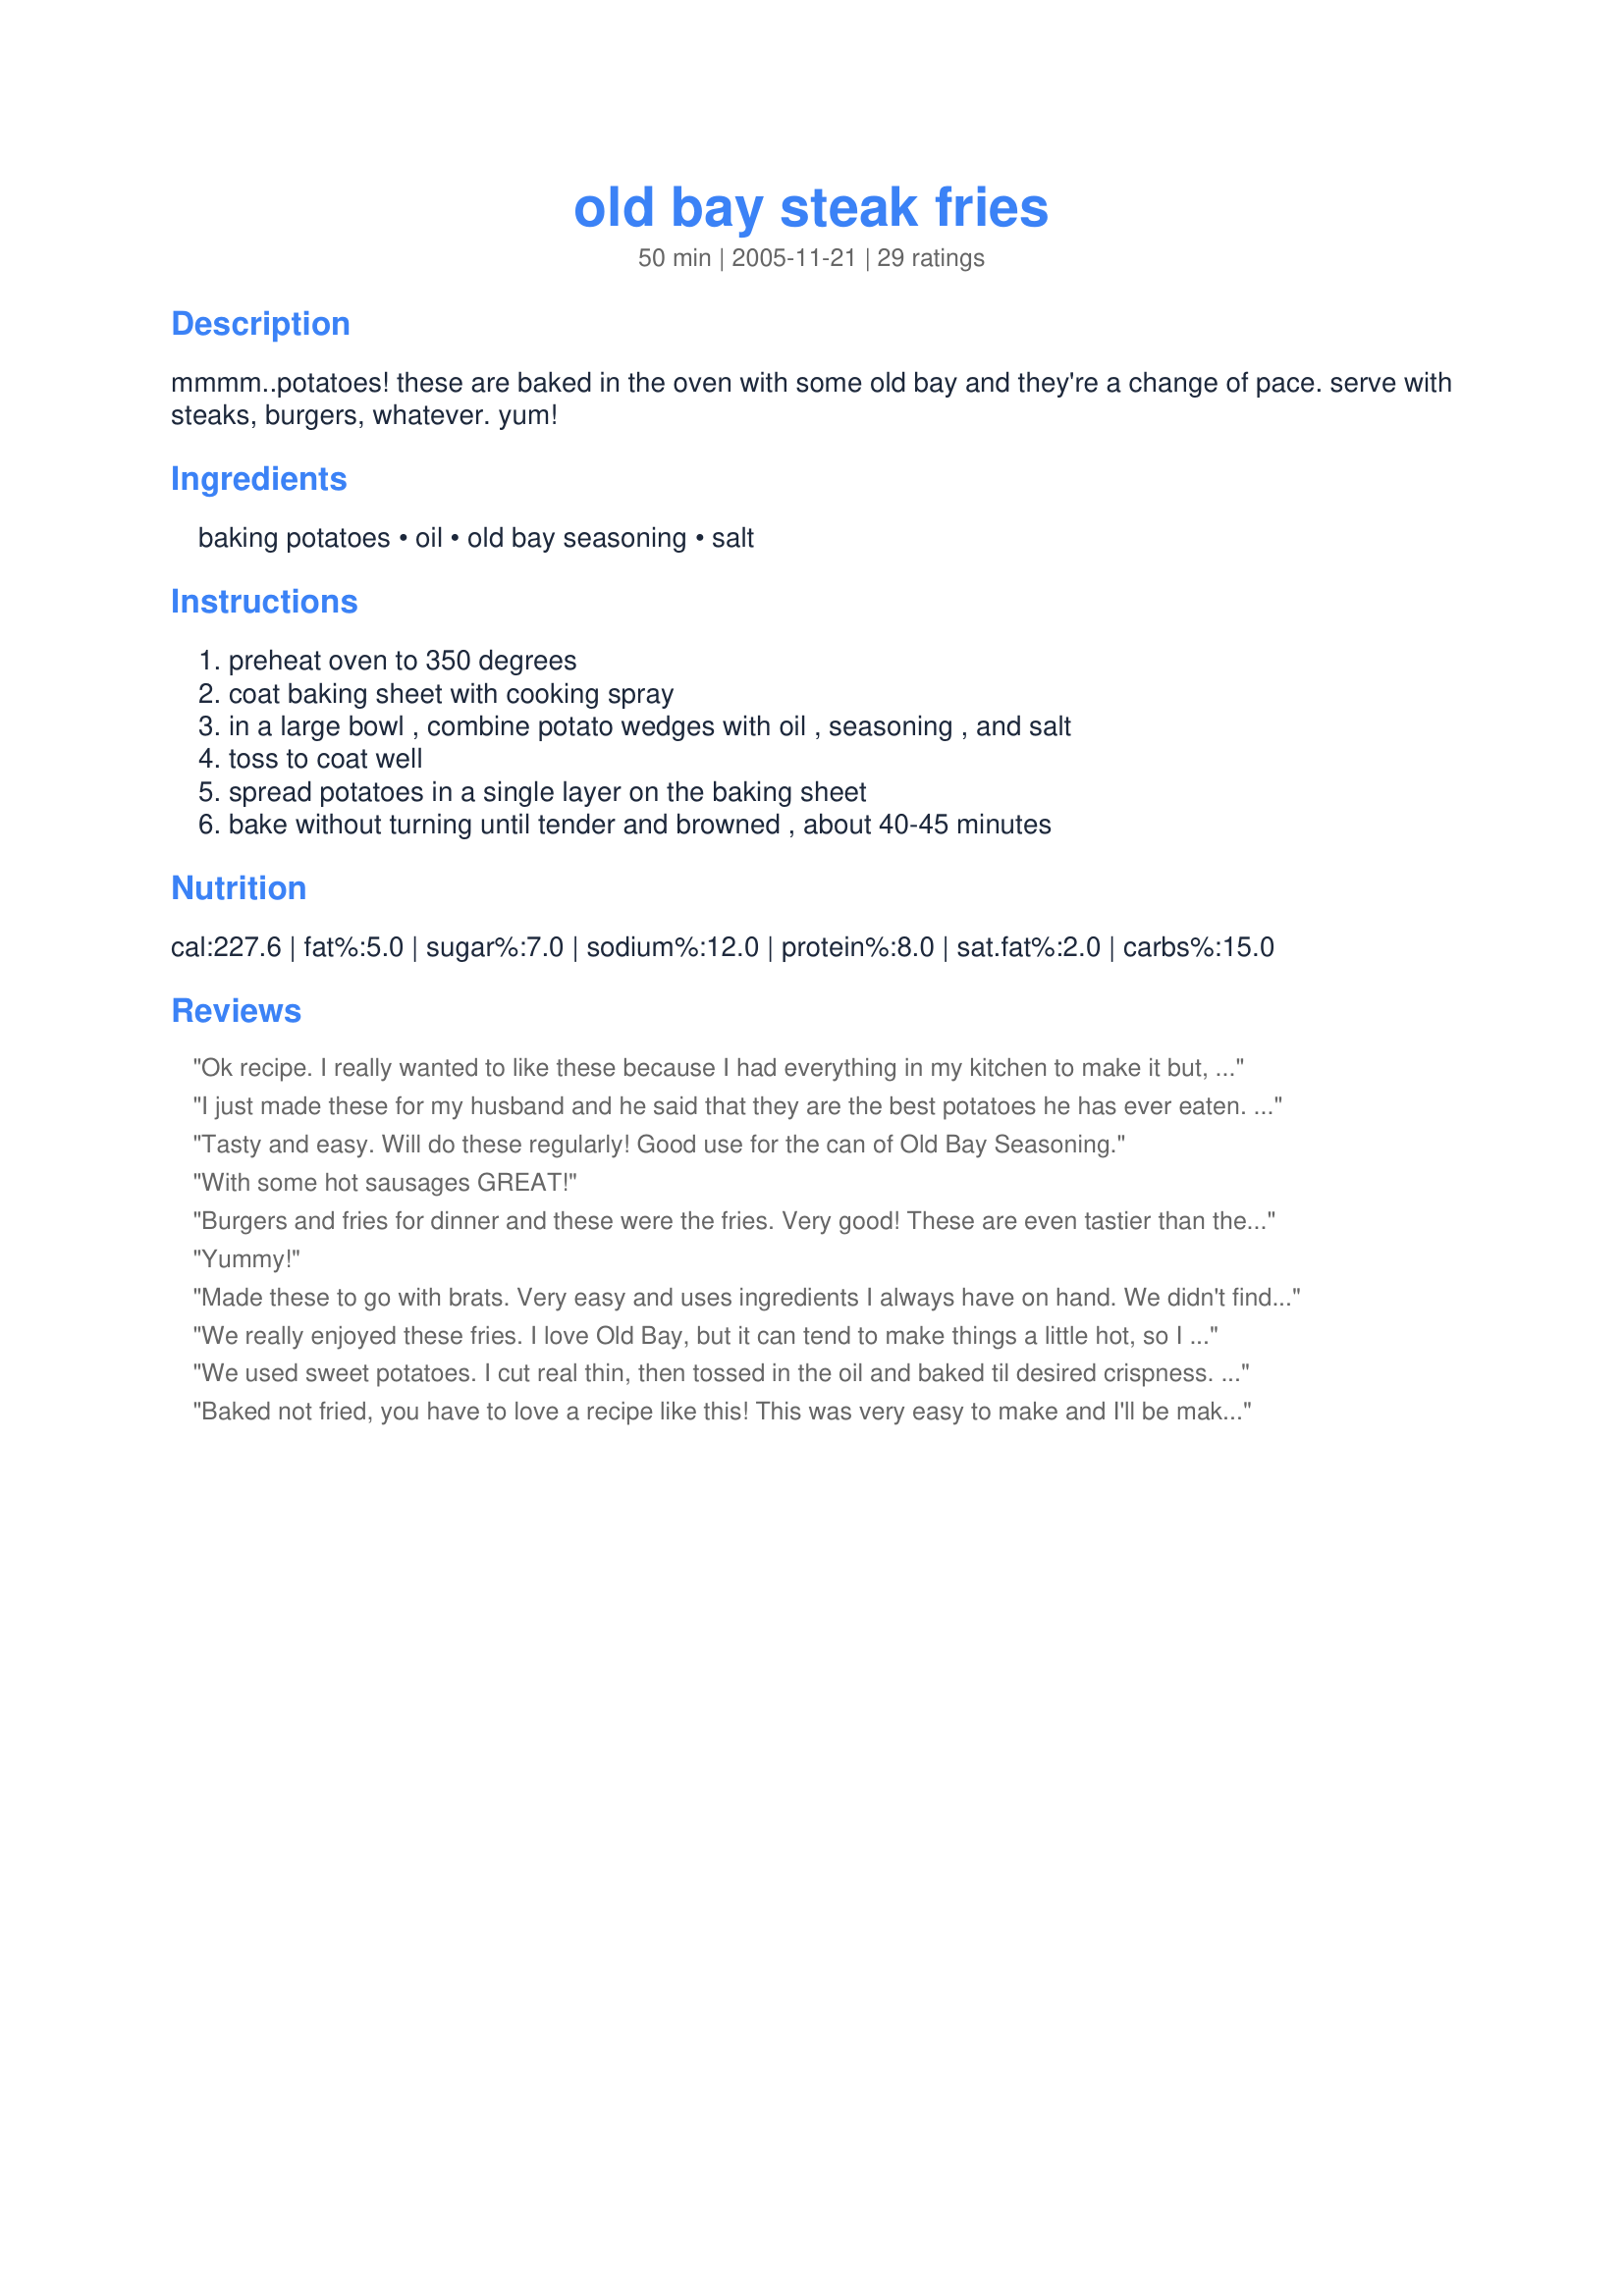
old bay steak fries
Preparation time: 50 minutes

mmmm..potatoes! these are baked in the oven with some old bay and they're a change of pace. serve with steaks, burgers, whatever. yum!

Ingredients:
baking potatoes, oil, old bay seasoning, salt

Steps:
preheat oven to 350 degrees, coat baking sheet with cooking spray, in a large bowl , combine potato wedges with oil , seasoning , and salt, toss to coat well, spread potatoes in a single layer on the baking sheet, bake without turning until tender and browned , about 40-45 minutes

Reviews:
Ok recipe. I really wanted to like these because I had everything in my kitchen to make it but, to be honest I won't make it again. It was too spicey. And I don't been hot spicey- just too spicey. Sorry.
I just made these for my husband and he said that they are the best potatoes he has ever eaten. thanks for a great recipe.
Tasty and easy. Will do these regularly! Good use for the can of Old Bay Seasoning.
With some hot sausages GREAT!
Burgers and fries for dinner and these were the fries. Very good! These are even tastier than the seasoned fries served in fast food places and local restaurants. Thanks for sharing!
Yummy!
Made these to go with brats. Very easy and uses ingredients I always have on hand. We didn't find them overly spicy, but DS did find them overly seasoned, so I'd probably cut back on the Old Bay by a teaspoon or so next time. And I'll also mix all the ingredients in a zip-lock bag for one less dish to wash. Good recipe. Thanks for sharing.
We really enjoyed these fries. I love Old Bay, but it can tend to make things a little hot, so I cut mine down to 1 tablespoon. I also added some garlic powder on the fries and they were great!
We used sweet potatoes. I cut real thin, then tossed in the oil and baked til desired crispness. I then tossed in 1 tbl of the Old Bay (because we think Old Bay is a little hot). I also added 1 tsp of brown sugar for flavor contrast (I love sweet and spicy). Thanks for the good recipe.
Baked not fried, you have to love a recipe like this! This was very easy to make and I'll be making them again. I made this for ZWT III 2007 - Gardening Challenge
These Steak Fries are awesome!! They were so easy to make! I will be making again soon!!
We don't have Old Bay here in Oz but I was given some in a swap so made these fries, very nice flavour but whoa..spicy, would cut down the old bay by a little next time.
Cheers!
Delicious! Very easy to prepare and with ingredients that most of us have in our pantries. :)

Thanks Amy, RIP!
I really loved these! Beats frying all the time and the spice gives a nice change! I can't wait to pair them up with a burger! They were easy and they are going to the keeper file. Always...Remembering Amy!
My husband really enjoyed these fries. I've never cooked with Old Bay seasoning before and didn't realize it had that much heat, so next time I'll have to cut back on the amount a bit. It was just a tad too spicy for myself and our daughter. Very tasty nevertheless. :)
These were delightful! I loved the flavor. They're so simple to make and go great with a good ol' American burger! Thanks Amy, and may you rest in peace.
Nicely spiced potatoes which went perfectly with Recipe #231520. Plus you got a whole lot of flavor for about 5 minutes worth of work, not that is the best type of recipe!
I found these to be drier than most potatoes of this type, and even with cutting back on the Old Bay found them to be overly seasoned.
Tasty and easy. Never thought of using Old Bay this way. What a great idea. Thanks for sharing!
I did regretfully cut back on the Old Bay myself. I like my food spicy and should have stuck to the recipe. My bf thought they were perfect, as he has a lower heat tolerance than I. Next time no cutting back on the Old Bay.
Didn't know how spicy they would turn out but it was a excellent way to spice up dull french fries. Will remember this next time we make home fries again.
Yummy! I made these today for lunch along with carrots and ranch dip. Loved it! I only had a little Bay seasoning, so halved the recipe. Yummy with ketchup. Thank you Amy!
We loved them! I have been craving fries lately. We always bake them, but something about the temp. and time on this one produced much better consistency on my fries than many of the other recipes I've tried. Being from Maryland I believe Old Bay makes everything better (well, not everything!) and these were excellent fries!
Made for Photo Swap #5. Super fries, RNE, never thought to use Old Bay. Glad you did and I can copy cat. Glad your in our group!!!
Wish I'd read the reviews! Never had Old Bay before--whooo hot.
Next time I'll try the suggestion of decreasing it and adding brown sugar--that sounds yummy!
Yum! Never thought of using Old Bay for fries! GREAT idea! We LOVED these! They were not too spicy for us- just perfect! Thanks Redneck!
These were tasty. I'd never had Old Bay seasoning on anything before and I don't know that it will be my go to seasoning in the future, but it did make a nice change.
My boys really like these. They are good and easy to make. I have made them with regular potaotes and frozen french fries. I make them frequently. Thanks Redneck!
I didn't print out the recipe, ended up using too much oil and I did turn the potatoes. Don't make my mistake!
